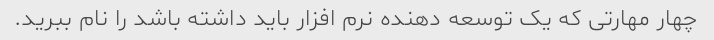
چهار مهارتی که یک توسعه دهنده نرم افزار باید داشته باشد را نام ببرید.